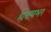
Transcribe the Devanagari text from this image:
हृदयभर